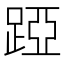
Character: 𨁶